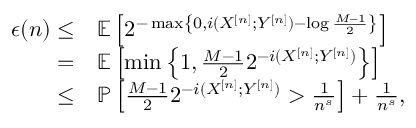
\begin{array} { r l } { \epsilon ( n ) \leq } & { \mathbb { E } \left[ 2 ^ { - \operatorname* { m a x } \left\{ 0 , i ( X ^ { [ n ] } ; Y ^ { [ n ] } ) - \log \frac { M - 1 } { 2 } \right\} } \right] } \\ { = } & { \mathbb { E } \left[ \operatorname* { m i n } \left\{ 1 , \frac { M - 1 } { 2 } 2 ^ { - i ( X ^ { [ n ] } ; Y ^ { [ n ] } ) } \right\} \right] } \\ { \leq } & { \mathbb { P } \left[ \frac { M - 1 } { 2 } 2 ^ { - i ( X ^ { [ n ] } ; Y ^ { [ n ] } ) } > \frac { 1 } { n ^ { s } } \right] + \frac { 1 } { n ^ { s } } , } \end{array}